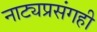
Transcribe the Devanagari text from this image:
नाट्यप्रसंगही